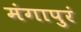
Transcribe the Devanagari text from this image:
मंगापुरं